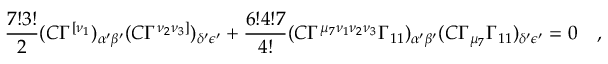
\frac { 7 ! 3 ! } { 2 } ( C \Gamma ^ { [ \nu _ { 1 } } ) _ { \alpha { ' } \beta { ' } } ( C \Gamma ^ { \nu _ { 2 } \nu _ { 3 } ] } ) _ { \delta { ' } \epsilon { ' } } + \frac { 6 ! 4 ! 7 } { 4 ! } ( C \Gamma ^ { \mu _ { 7 } \nu _ { 1 } \nu _ { 2 } \nu _ { 3 } } \Gamma _ { 1 1 } ) _ { \alpha { ' } \beta { ' } } ( C \Gamma _ { \mu _ { 7 } } \Gamma _ { 1 1 } ) _ { \delta { ' } \epsilon { ' } } = 0 \quad ,